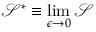
\mathcal { S } ^ { * } \equiv \operatorname* { l i m } _ { \epsilon \rightarrow 0 } \mathcal { S }